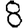
Digit: 8